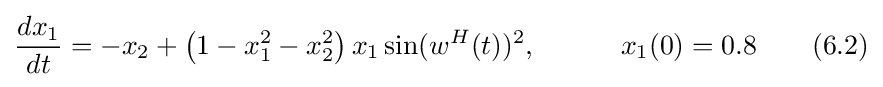
{\frac {dx_{1}}{dt}}=-x_{2}+\left(1-x_{1}^{2}-x_{2}^{2}\right)x_{1}\sin(w^{H}(t))^{2},\quad \qquad x_{1}(0)=0.8\qquad (6.2)